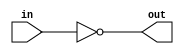
module inverter
(
    input wire in,
    output wire out
);

assign out = ~in;

endmodule